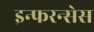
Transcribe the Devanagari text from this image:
इन्फरन्सेस